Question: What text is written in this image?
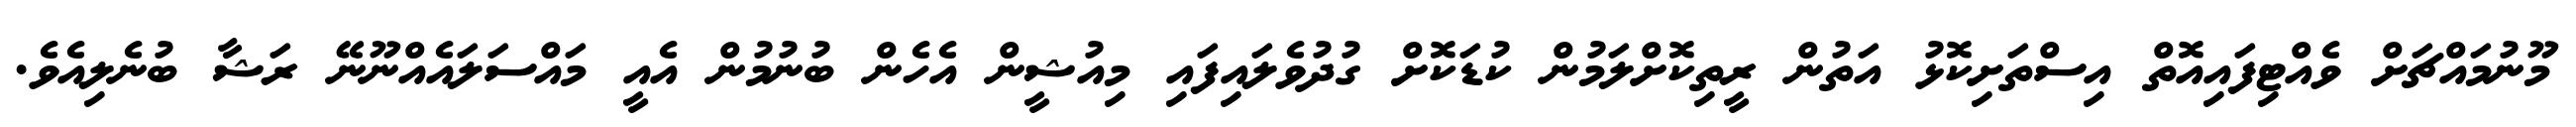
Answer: މޫނުމައްޗަށް ވެއްޓިފައިއޮތް އިސްތަށިކޮޅު އަތުން ރީތިކޮށްލަމުން ކުޑަކޮށް ގުދުވެލައިފައި މިއުޝީން އެހެން ބުނުމުން އެއީ މައްސަލައެއްނޫނޭ ރަޝާ ބުނެލިއެވެ.